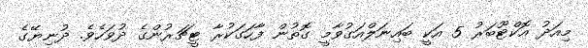
މިއަދު އޮކްޓޫބަރު 5 އަކީ ބައިނަލްއަގުވާމީ ގޮތުން ފާހަގަކުރާ ޓީޗަރުންގެ ދުވަހެވެ. ދުނިޔޭގެ